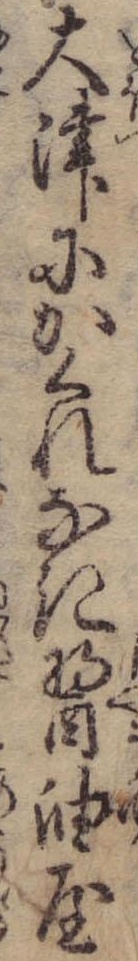
大津にかくれなき醤油屋